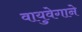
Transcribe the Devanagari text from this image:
वायुवेगाने